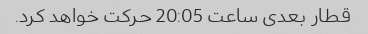
قطار بعدی ساعت 20:05 حرکت خواهد کرد.